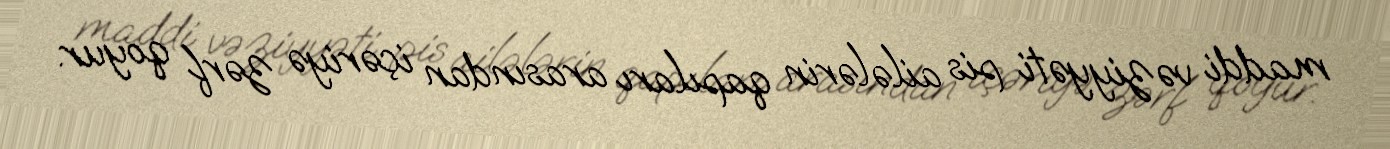
maddi vəziyyəti pis ailələrin qapıları arasından içəriyə zərf qoyur.